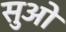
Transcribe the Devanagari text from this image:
सुओ